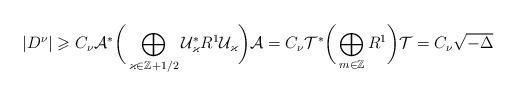
LaTeX: \begin{align*} |D^\nu| &\geqslant C_\nu\mathcal A^*\bigg(\bigoplus_{\varkappa\in \mathbb Z +1/2}\mathcal U_{\varkappa}^*R^1\mathcal U_{\varkappa}\bigg)\mathcal A =C_\nu\mathcal T^*\bigg(\bigoplus_{m\in \mathbb Z}R^1\bigg)\mathcal T =C_\nu\sqrt{-\Delta}\end{align*}